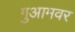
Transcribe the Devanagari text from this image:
गुआमवर